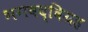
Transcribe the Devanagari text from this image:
भगवद्विग्रह